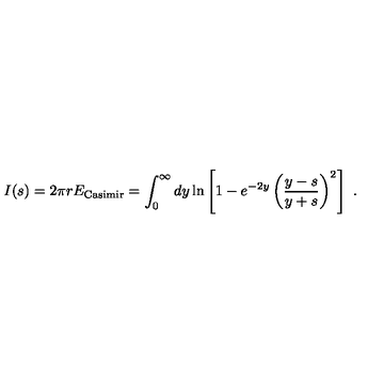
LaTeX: I ( s ) = 2 \pi r E _ { \mathrm { C a s i m i r } } = \int _ { 0 } ^ { \infty } d y \ln \left[ 1 - e ^ { - 2 y } \left( { \frac { y - s } { y + s } } \right) ^ { 2 } \right] \ .